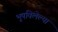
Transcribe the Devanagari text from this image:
भूषविलेल्‍या